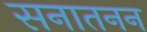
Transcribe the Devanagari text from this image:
सनातनन